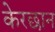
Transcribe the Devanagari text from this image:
केरछान